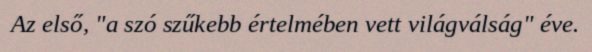
Az első, "a szó szűkebb értelmében vett világválság" éve.